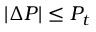
| \Delta P | \le P _ { t }